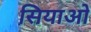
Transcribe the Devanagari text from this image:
सियाओ